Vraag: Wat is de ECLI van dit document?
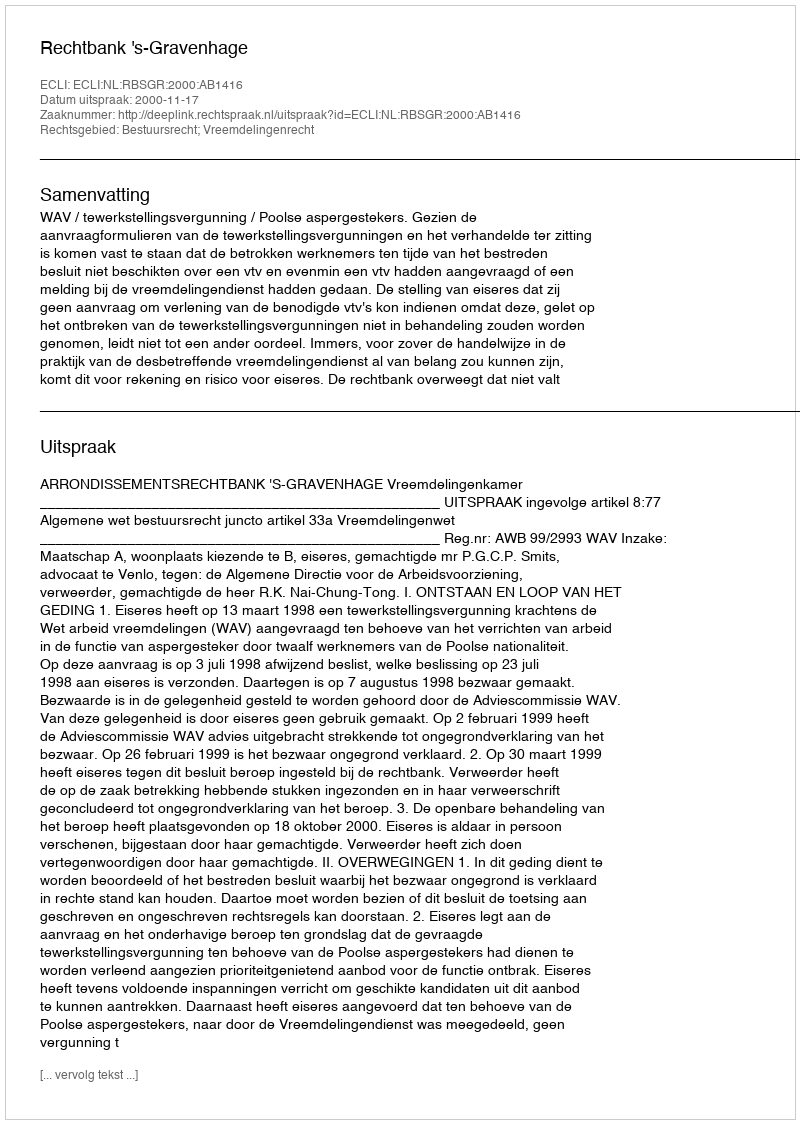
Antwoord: ECLI:NL:RBSGR:2000:AB1416